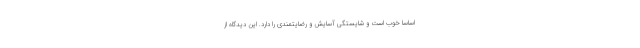
اساساً خوب است و شایستگی آسایش و رضایتمندی را دارد. این دیدگاه از